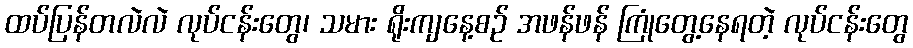
ထပ်ပြန်တလဲလဲ လုပ်ငန်းတွေ၊ သမား ရိုးကျနေ့စဉ် အဖန်ဖန် ကြုံတွေ့နေရတဲ့ လုပ်ငန်းတွေ